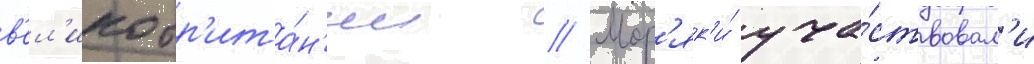
в'ел'икобр'ита́н'ии // Мор'як'и́ уча́ствовал'и